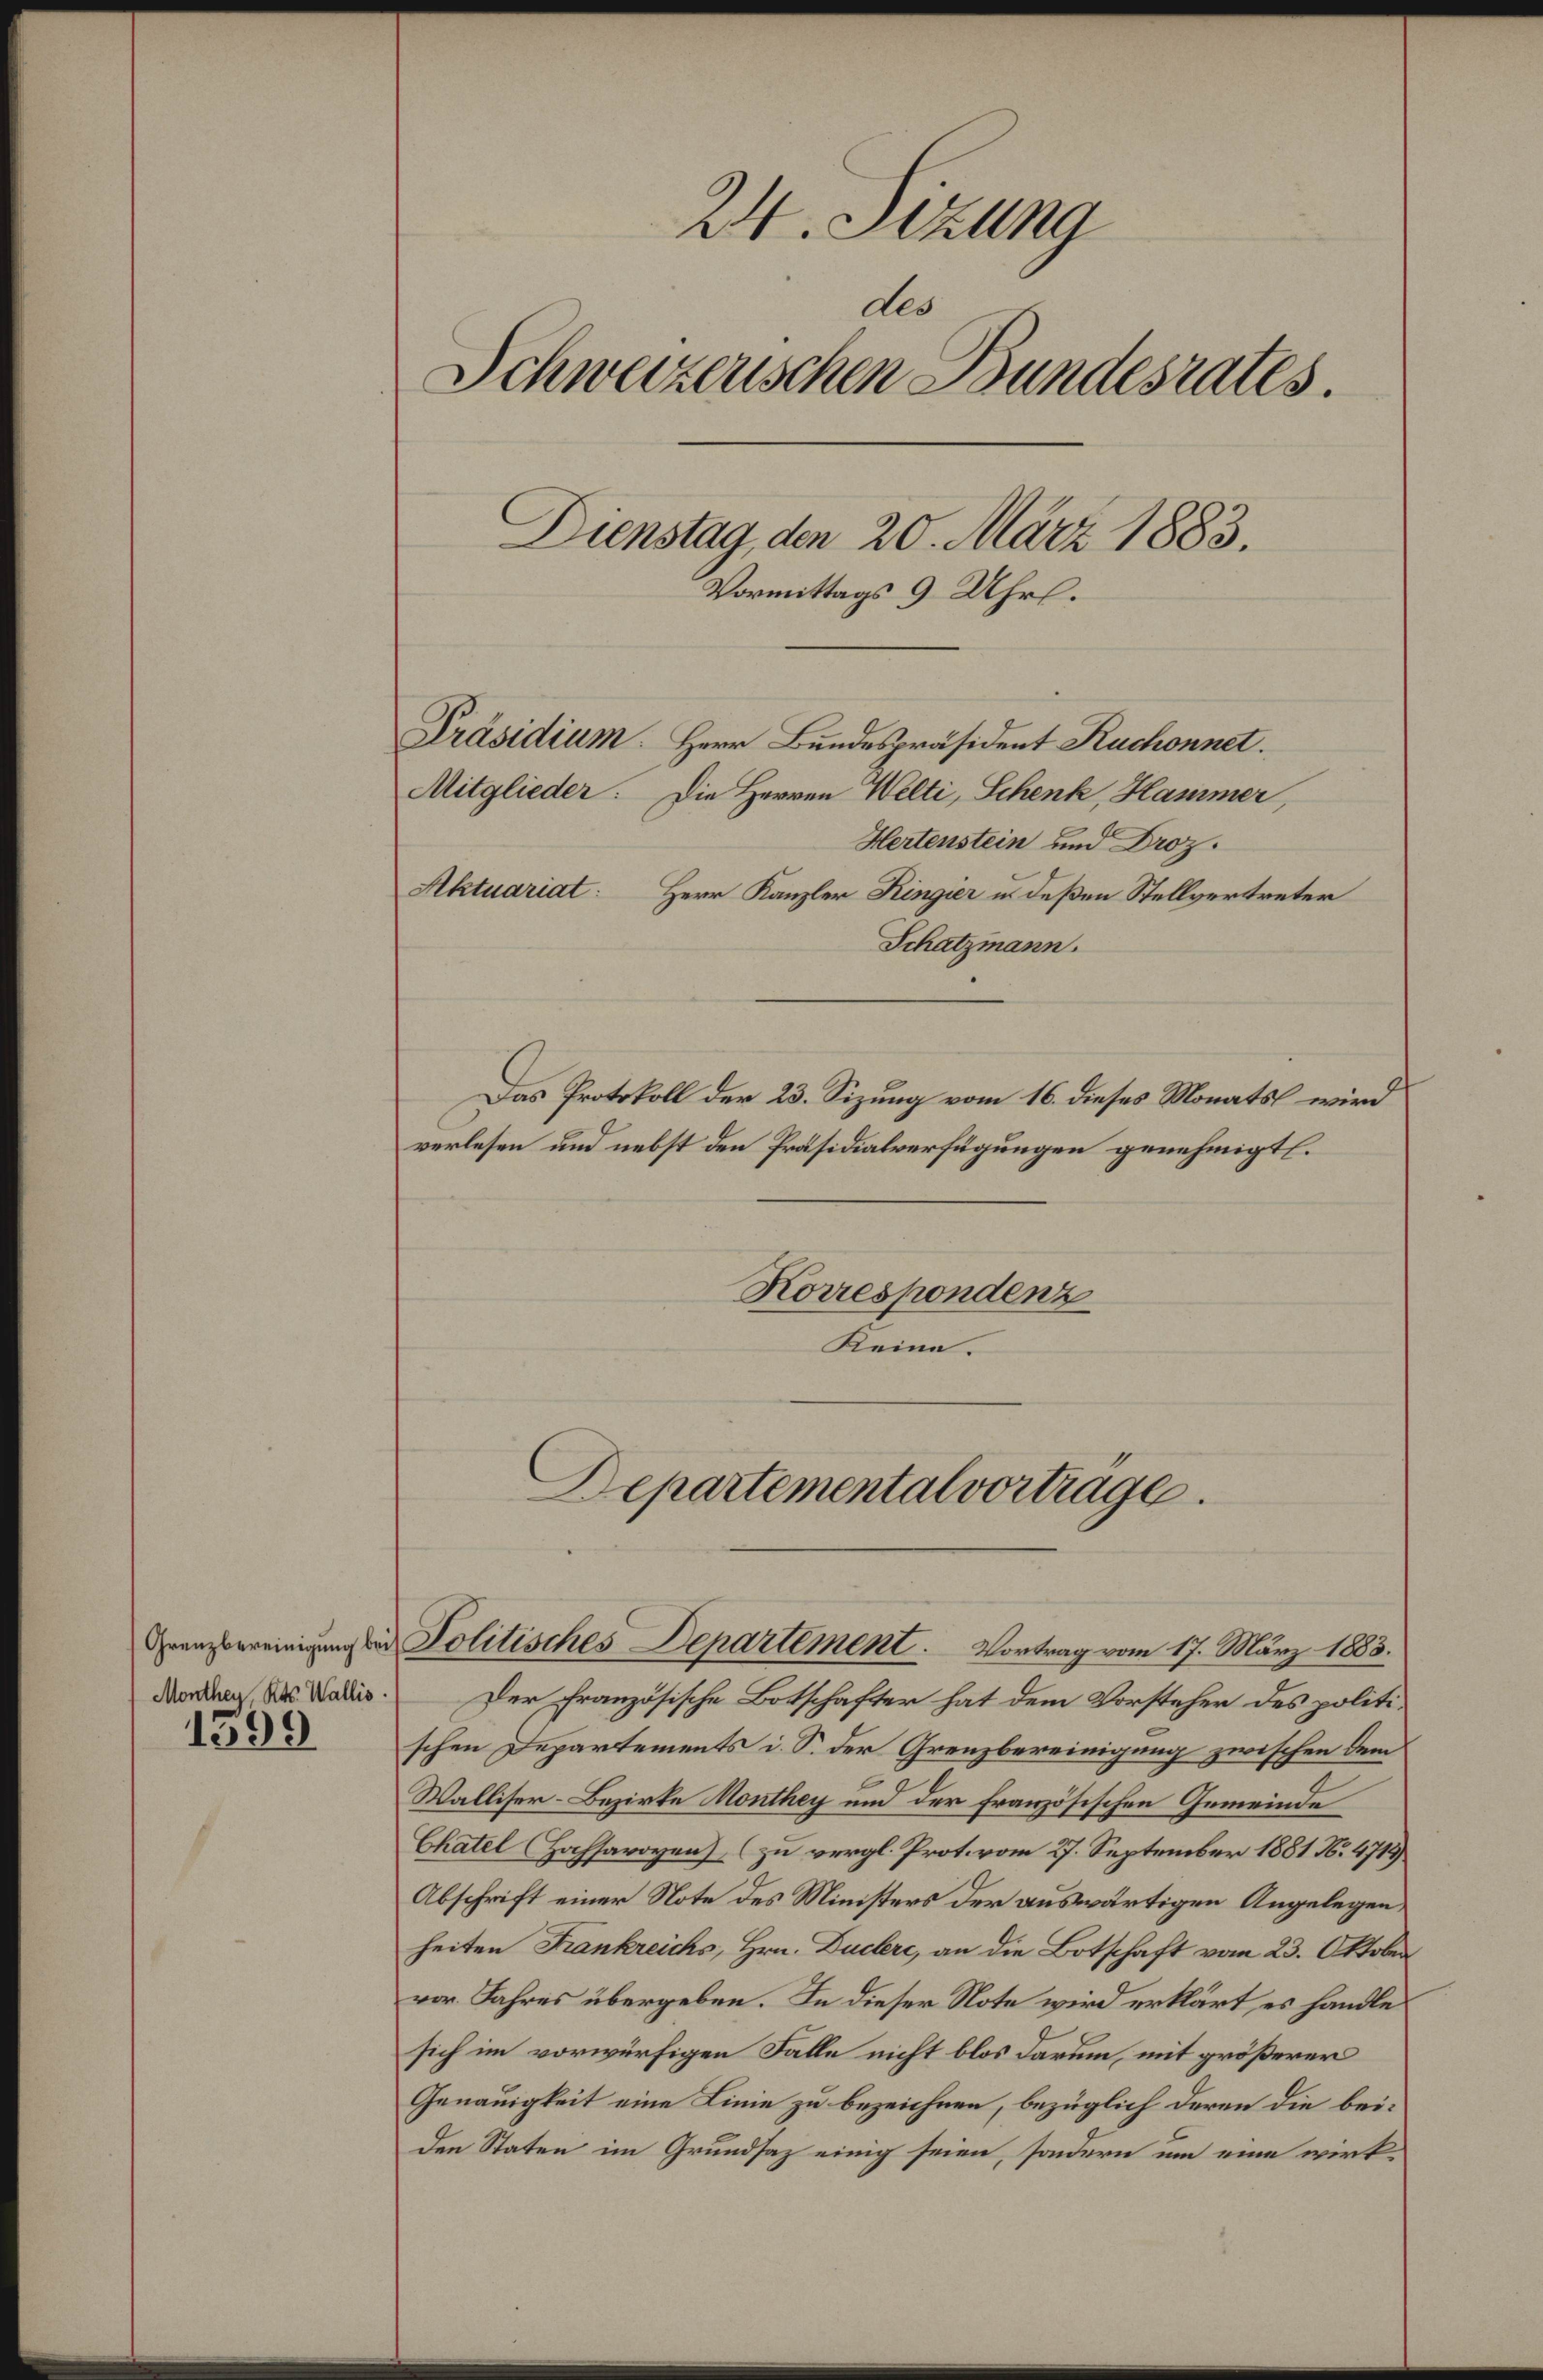
Grenzbereinigung bei
Monthey, Kts. Wallis
1399

24. Sizung
des
Schweizerischen Bundesrates.
Dienstag, den 20. März 1883.
Vormittags 9 Uhr.
Präsidium. Herr Bundespräsident Ruchonnet.
Mitglieder: Die Herren Welti, Schenk, Hammer,
Hertenstein und Droz.
Aktuariat: Herr Kanzler Kingier u. deßen Stellvertreter
Schatzmann.
Das Protokoll der 23. Sizung vom 16. dieses Monats wird
verlesen und nebst den Präsidialverfügungen genehmigt.

Korrespondenz
Keine.

Der französische Botschafter hat dem Vorsteher des politischen Departements i. S. der Grenzbereinigung zwischen dem
Walliser-Bezirke Monthey und der französischen Gemeinde
Chatel (Hochsavoyen), (zu vergl. Prot. vom 27. September 1881 N. 4712)
Abschrift einer Note des Ministers der auswärtigen Angelegen
heiten Frankreichs, Hrn. Duclre, an die Botschaft vom 23. Oktober
vor. Jahres übergeben. In dieser Note wird erklärt, es handle
sich im vorwürfigen Falle nicht blos darum, mit größerer
Genauigkeit eine Linie zu bezeichnen, bezüglich deren die bei¬
Den Staten im Grundsaz einig seien, sondern um eine wirk

Departemental vortrage
Politisches Departement. Vortrag vom 17. März 1883.